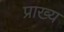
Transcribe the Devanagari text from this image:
प्राख्य